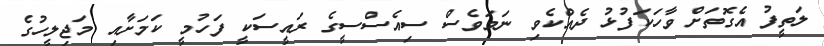
ލަތީފު އެގޮތަށް ވާހަކަފުޅު ދެއްކެވި ނަމަވެސް ސިއެސްސީގެ ރައީސަކީ ފަހުމީ ކަމަށާއި މަޖިލީހުގެ